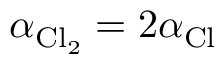
\alpha _ { \mathrm { C l _ { 2 } } } = 2 \alpha _ { \mathrm { C l } }